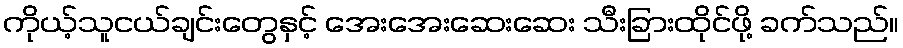
ကိုယ့်သူငယ်ချင်းတွေနှင့် အေးအေးဆေးဆေး သီးခြားထိုင်ဖို့ ခက်သည်။